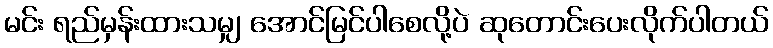
မင်း ရည်မှန်းထားသမျှ အောင်မြင်ပါစေလို့ပဲ ဆုတောင်းပေးလိုက်ပါတယ်